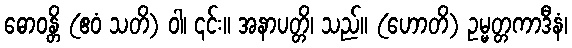
ဓောဝန္တိ (ဧဝံ သတိ) ဝါ၊ ၎င်း။ အနာပတ္တိ၊ သည်။ (ဟောတိ) ဥမ္မတ္တကာဒီနံ၊